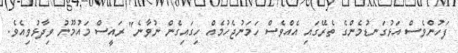
ފަހުންވެސް އަޅުގަނޑުމެންގެ ތެރޭގައި އެއްވެސް ހަމަނުޖެހުމެއް ހިގައިގެން ނުވާނެ" ރައީސް މައުމޫނު ވިދާޅުވިއެވެ.